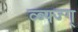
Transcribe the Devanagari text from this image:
व्ब्फ्ज्ग्